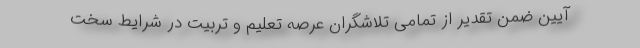
آیین ضمن تقدیر از تمامی تلاشگران عرصه تعلیم و تربیت در شرایط سخت